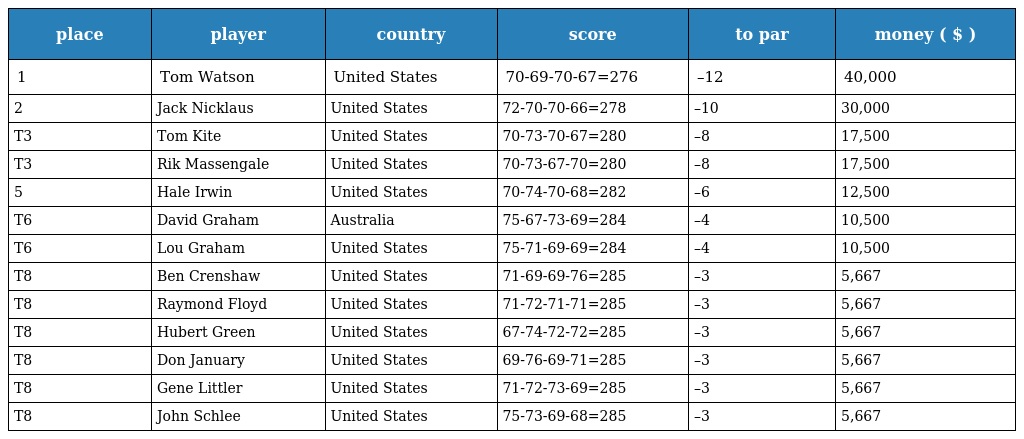
| place | player | country | score | to par | money ( $ ) |
 | --- | --- | --- | --- | --- | --- |
 | 1 | Tom Watson | United States | 70-69-70-67=276 | –12 | 40,000 |
 | 2 | Jack Nicklaus | United States | 72-70-70-66=278 | –10 | 30,000 |
 | T3 | Tom Kite | United States | 70-73-70-67=280 | –8 | 17,500 |
 | T3 | Rik Massengale | United States | 70-73-67-70=280 | –8 | 17,500 |
 | 5 | Hale Irwin | United States | 70-74-70-68=282 | –6 | 12,500 |
 | T6 | David Graham | Australia | 75-67-73-69=284 | –4 | 10,500 |
 | T6 | Lou Graham | United States | 75-71-69-69=284 | –4 | 10,500 |
 | T8 | Ben Crenshaw | United States | 71-69-69-76=285 | –3 | 5,667 |
 | T8 | Raymond Floyd | United States | 71-72-71-71=285 | –3 | 5,667 |
 | T8 | Hubert Green | United States | 67-74-72-72=285 | –3 | 5,667 |
 | T8 | Don January | United States | 69-76-69-71=285 | –3 | 5,667 |
 | T8 | Gene Littler | United States | 71-72-73-69=285 | –3 | 5,667 |
 | T8 | John Schlee | United States | 75-73-69-68=285 | –3 | 5,667 |